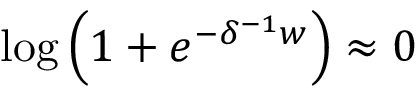
\log { \left( 1 + e ^ { - \delta ^ { - 1 } w } \right) } \approx 0